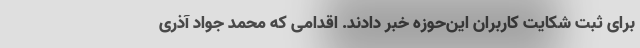
برای ثبت شکایت کاربران این‌حوزه خبر دادند. اقدامی که محمد جواد آذری